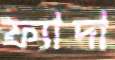
ফ্যাদা